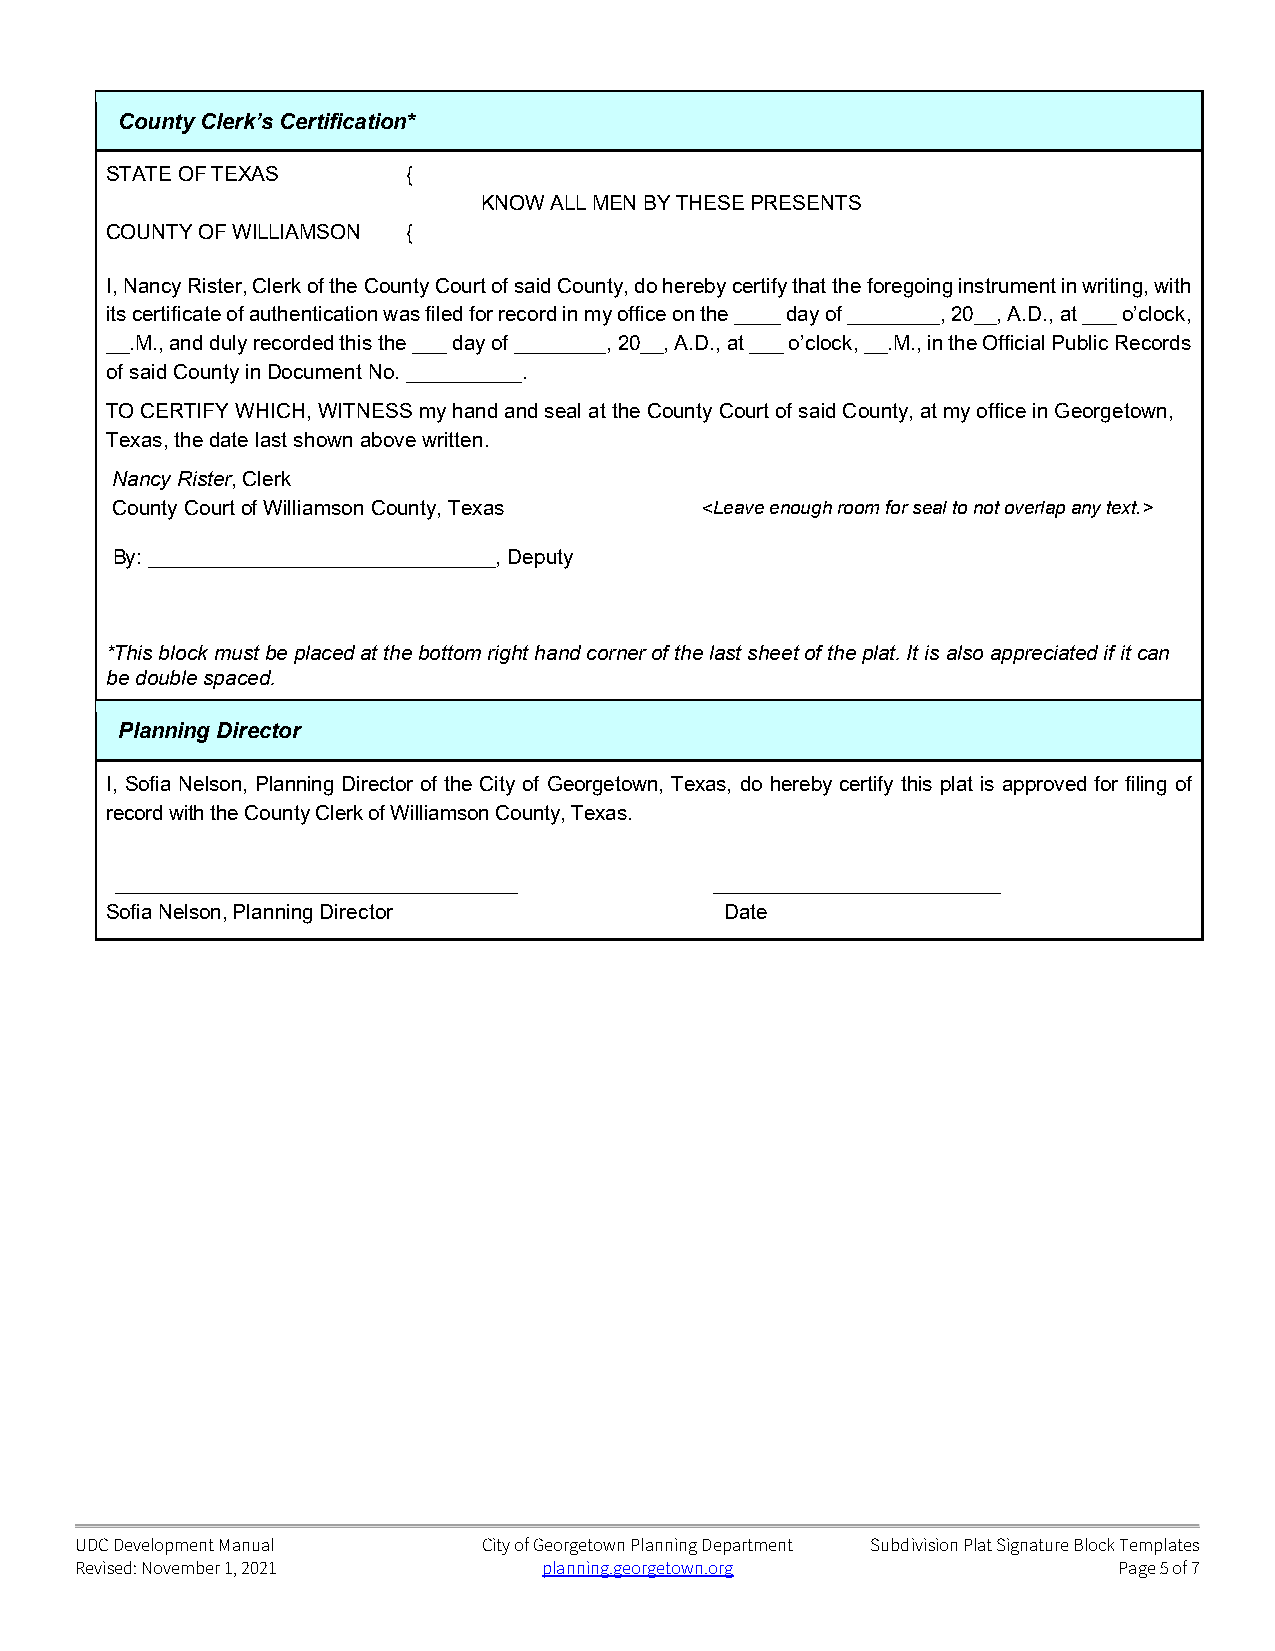
County Clerk’s Certification*
 STATE OF TEXAS      {
 KNOW ALL MEN BY THESE PRESENTS
 COUNTY OF WILLIAMSON {
 I, Nancy Rister, Clerk of the County Court of said County, do hereby certify that the foregoing instrument in writing, with
 its certificate of authentication was filed for record in my office on the ____ day of ________, 20__, A.D., at ___ o’clock,
 __.M., and duly recorded this the ___ day of ________, 20__, A.D., at ___ o’clock, __.M., in the Official Public Records
 of said County in Document No. __________.
 TO CERTIFY WHICH, WITNESS my hand and seal at the County Court of said County, at my office in Georgetown,
 Texas, the date last shown above written.
 Nancy Rister, Clerk
 County Court of Williamson County, Texas <Leave enough room for seal to not overlap any text.>
 By: ______________________________, Deputy
 *This block must be placed at the bottom right hand corner of the last sheet of the plat. It is also appreciated if it can
 be double spaced.
 Planning Director
 I, Sofia Nelson, Planning Director of the City of Georgetown, Texas, do hereby certify this plat is approved for filing of
 record with the County Clerk of Williamson County, Texas.
 ___________________________________    _________________________
 Sofia Nelson, Planning Director          Date
 UDC Development Manual     City of Georgetown Planning Department Subdivision Plat Signature Block Templates
 Revised: November 1, 2021      planning.georgetown.org               Page 5 of 7